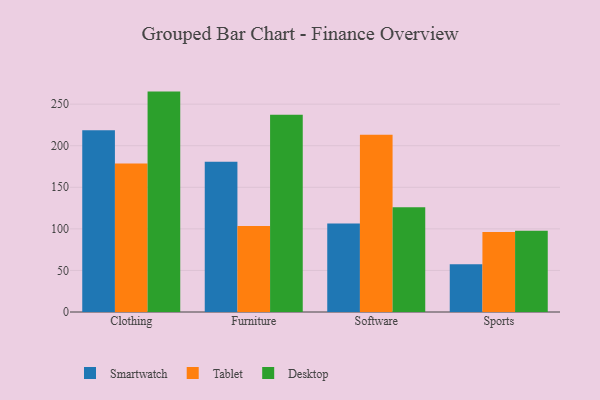
{"axis": {"x": "Category", "y": "Website Visitors"}, "legend": ["Desktop", "Smartwatch", "Tablet"], "data": [{"x": "Clothing", "y": 218.7, "type": "Smartwatch"}, {"x": "Clothing", "y": 178.7, "type": "Tablet"}, {"x": "Clothing", "y": 265.1, "type": "Desktop"}, {"x": "Furniture", "y": 180.8, "type": "Smartwatch"}, {"x": "Furniture", "y": 103.3, "type": "Tablet"}, {"x": "Furniture", "y": 237.4, "type": "Desktop"}, {"x": "Software", "y": 106.4, "type": "Smartwatch"}, {"x": "Software", "y": 213.2, "type": "Tablet"}, {"x": "Software", "y": 126.0, "type": "Desktop"}, {"x": "Sports", "y": 57.4, "type": "Smartwatch"}, {"x": "Sports", "y": 96.2, "type": "Tablet"}, {"x": "Sports", "y": 97.6, "type": "Desktop"}]}